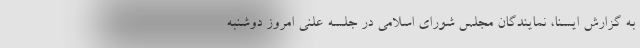
به گزارش ایسنا، نمایندگان مجلس شورای اسلامی در جلسه علنی امروز دوشنبه